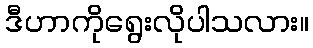
ဒီဟာကိုရွေးလိုပါသလား။